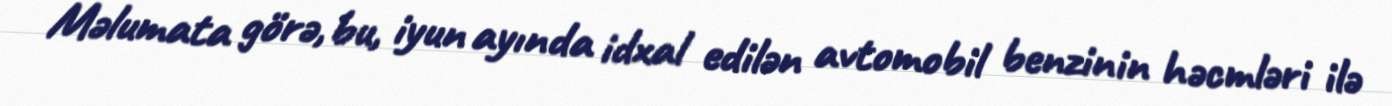
Məlumata görə, bu, iyun ayında idxal edilən avtomobil benzinin həcmləri ilə